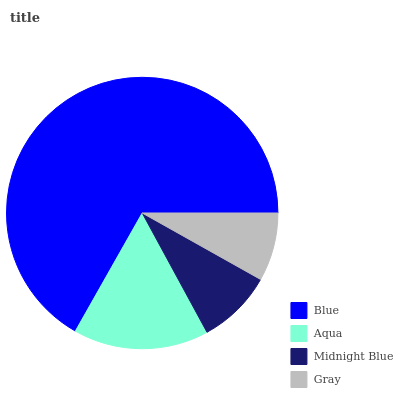
| Blue | Aqua | Midnight Blue | Gray |
 | --- | --- | --- | --- |
 | 66.8% | 16.1% | 8.94% | 8.13% |